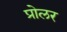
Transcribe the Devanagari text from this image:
प्रोलर